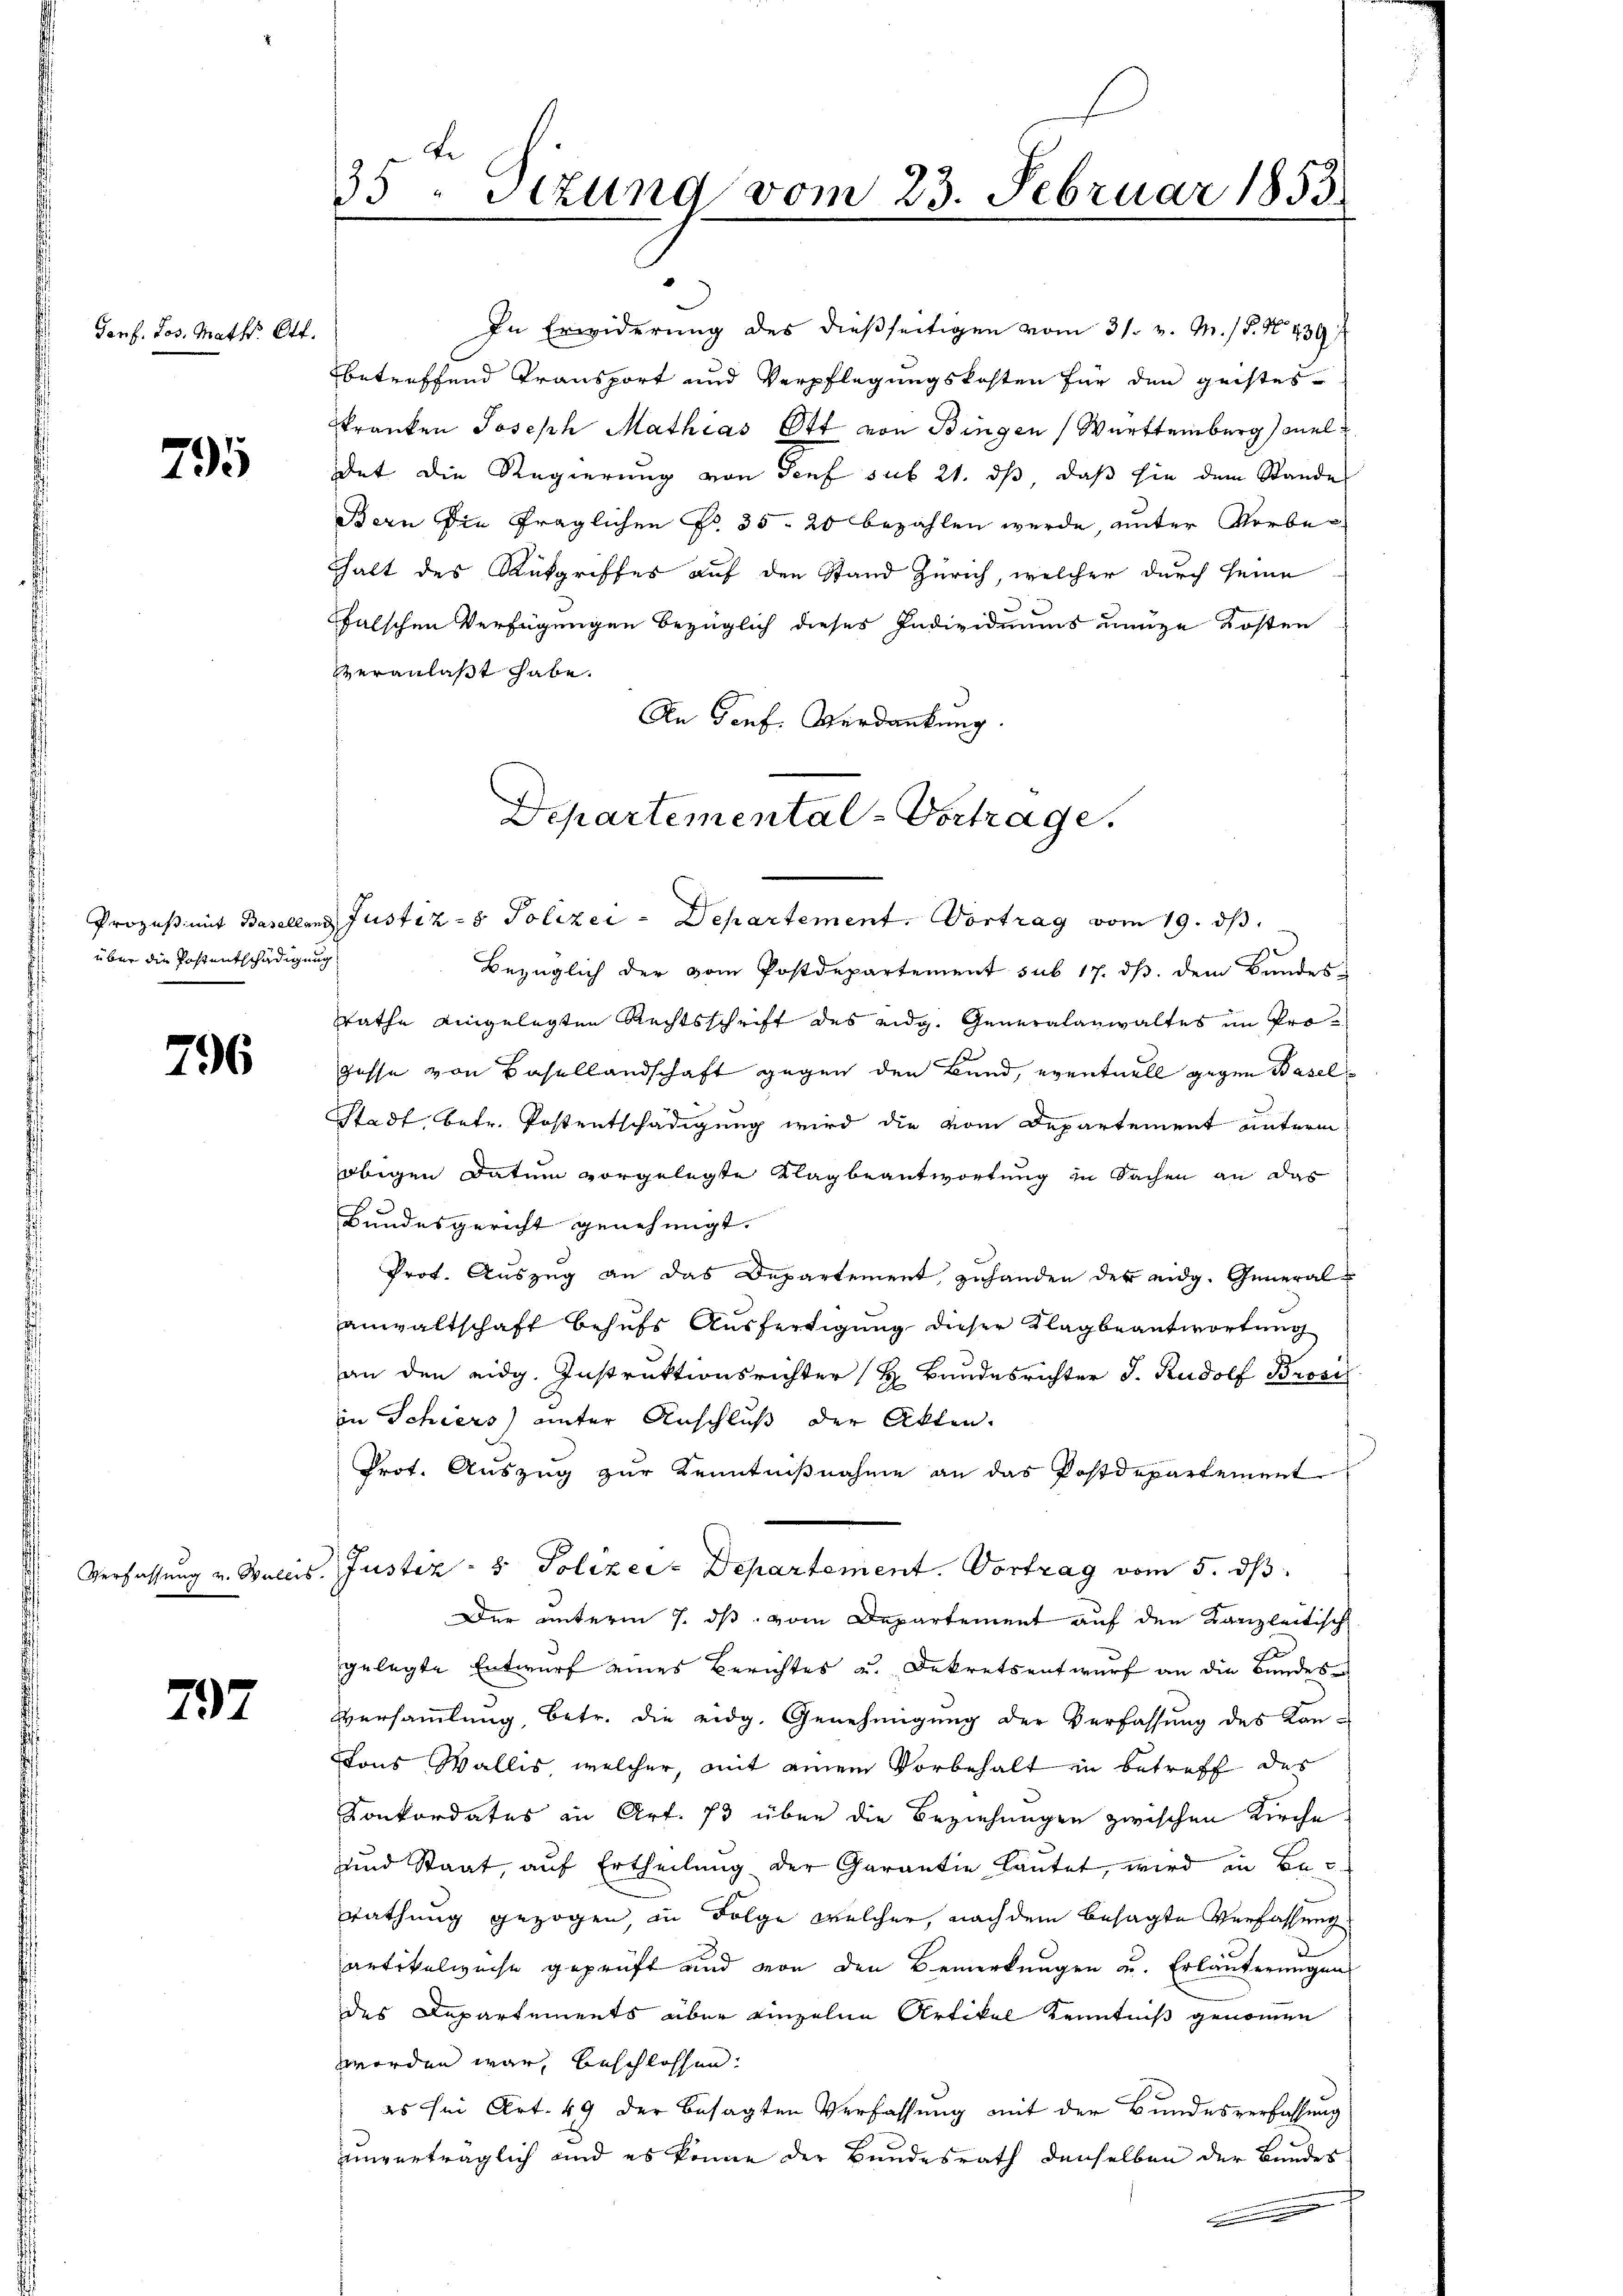
Porf. Jos. Math. Ott.

795

Prozeß mit Baselland
über die Postentschädigung

796

Verfassung v. Wallis.

797

Le
35. Sizung vom 23. Februar 1853

det die Regierung von Senf sub 21. dß daß hie dem Stande
Bern die fraglichen No. 35. 20 bezahlen wurde, unter Vorbehalt des Rückgriffes auf den Stand Zürich, welcher durch seine
falschen Verfügungen bezüglich dieses Individuums uenze Kosten
veranlaßt habe.
An Genf. Verdankung.
Justiz- & Polizei-Departement. Vortrag vom 19. ds.
Bezüglich der vom Postdepartement sub 17. dβ. dem Bundes
srathe eingelegten Rechtsschrift des eidg. Generalanwaltes im Progesse von Basellandschaft gegen den Bund, eventuell gegen Basel¬
Stadt, betr. Postentschädigung wird die vom Departement unterm
obigen Datum vorgelegte Klagbeantwortung in Sachen an das
Bundesgericht genehmigt.
Prot. Aŭszŭg an das Departement zuhanden der eidg. General-
anwaltschaft behufs Ausfertigung dieser Klagbeantwortung
an den eidg. Instruktionsrichter (H. Bandesrichter J. Rudolf Brosi
in Schiers) unter Anschluß der Akten.
Prot. Auszug zur Kenntnißnahme an das Postdepartement
Justiz- & Polizei- Departement. Vortrag vom 5. ds.
Der unterm 7. ds. vom Departement auf den Kanzleitisch
gelegte Entwurf eines Berichtes u. Dekretsentwurf an die Bundes-
Versammlung, betr. die eidg. Genehmigung der Verfassung des Kan¬
Tons Wallis, welcher, mit einem Vorbehalt in betreff des
Konkordates in Art. 73 über die Beziehungen zwischen Kirche
und Staat, auf Ertheilung der Garantie lautet, wird in Berathung gezogen, in Folge welcher, nach dem besagte Verfassung
artikelweise geprüft und von den Bemerkungen u. Erläuterungen
des Departements über einzelne Artikel Kenntniß genommen
worden war, beschlossen.
es sei Art. 49 der besagten Verfassung mit der Bundesverfassung
unverträglich und es könne der Bundesrath denselben der Bundes
u

Departemental-Vortrage.

In Erwiderung des dießseitigen vom 31. v. M. 18. No 439
betreffend Transport und Verpflegungskosten für den geistes-
kranken Joseph Mathias Ott von Bingen Württemberg mel¬